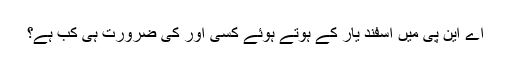
اے این پی میں اسفند یار کے ہوتے ہوئے کسی اور کی ضرورت ہی کب ہے؟